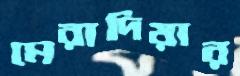
মেরাদিয়ার